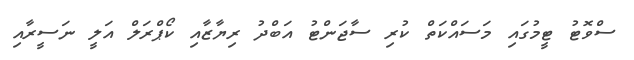
ސްވޮޓު ޓީމުގައި މަސައްކަތް ކުރި ސާޖަންޓު އަބްދު ރިޔާޒާއި ކޯޕްރަލް އަލީ ނަސީރާއި